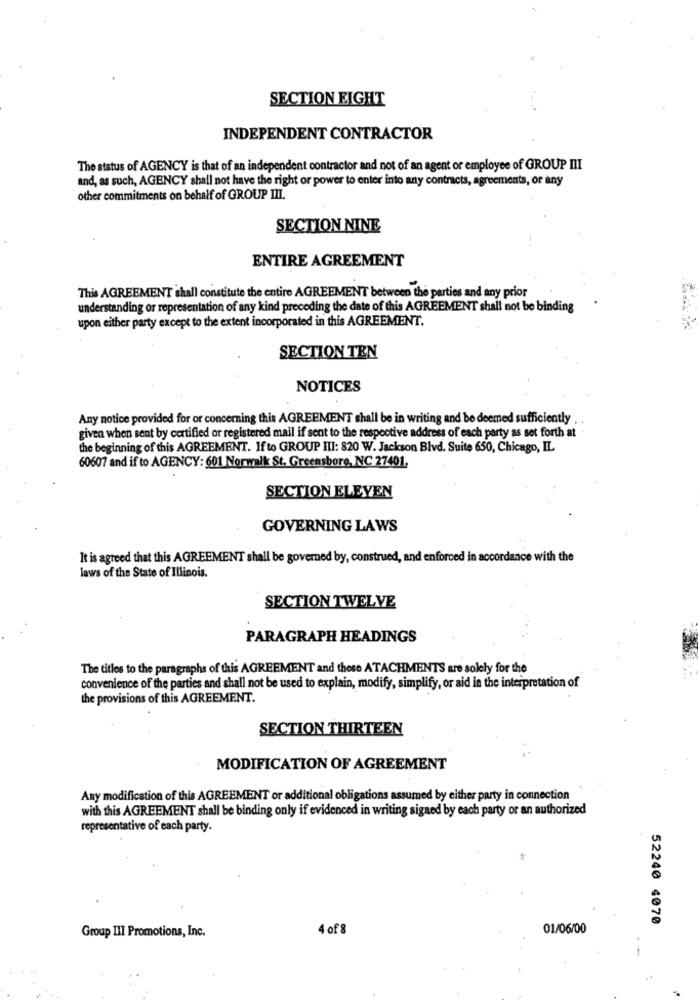
SECTION EIGHT
INDEPENDENT CONTRACTOR
The status of AGENCY is that of an independent contractor and not of an agent or employee of GROUP III
and, as such, AGENCY shall not have the right or power to enter into any contracts, agreements, or any
other commitments on behalf of GROUP III.
SECTION NINE
ENTIRE AGREEMENT
This AGREEMENT shall constitute the entire AGREEMENT between the parties and any prior
understanding or representation of any kind preceding the date of this AGREEMENT shall not be binding
upon either party except to the extent incorporated in this AGREEMENT.
SECTION TEN
NOTICES
Any notice provided for or concerning this AGREEMENT shall be in writing and be deemed sufficiently
given when sent by certified or registered mail if sent to the respective address of each party as set forth at
the beginning of this AGREEMENT. If to GROUP III: 820 W. Jackson Blvd. Suite 650, Chicago, IL
60607 and if to AGENCY: 601 Norwalk St. Greensboro, NC 27401.
SECTION ELEVEN
GOVERNING LAWS
It is agreed that this AGREEMENT shall be governed by, construed, and enforced in accordance with the
laws of the State of Illinois.
SECTION TWELVE
PARAGRAPH HEADINGS
The titles to the paragraphs of this AGREEMENT and these ATACHMENTS are solely for the
convenience of the parties and shall not be used to explain, modify, simplify, or aid in the interpretation of
the provisions of this AGREEMENT.
SECTION THIRTEEN
MODIFICATION OF AGREEMENT
Any modification of this AGREEMENT or additional obligations assumed by either party in connection
with this AGREEMENT shall be binding only if evidenced in writing signed by each party or an authorized
representative of each party.
52240 4070
4 of 8
01/06/00
Group III Promotions, Inc.